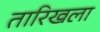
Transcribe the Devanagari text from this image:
तारिखला